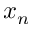
x _ { n }